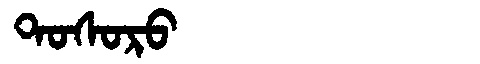
Manchu: ᡨᠣᠰᠣᡵᠣ
Romanization: TOSORO